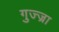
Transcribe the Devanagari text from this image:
गुज्ज्रा